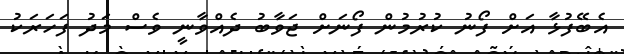
އެބޭފުޅާ އަށް ފޯނު ކުރުމުން ފޯނަށް ޖަވާބު ދެއްވާނީ ވެސް މަދު ފަހަރަކު